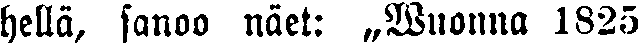
hellä, sanoo näet: „Wuonna 1825